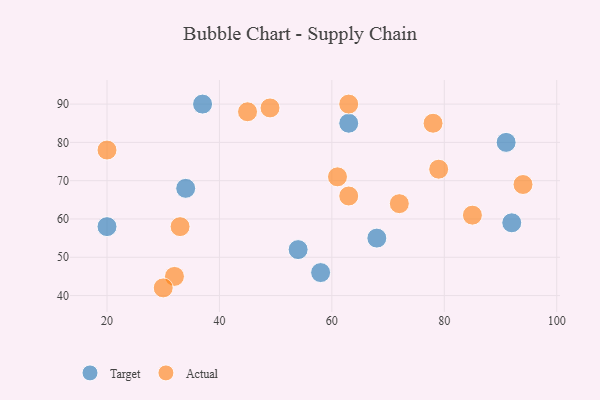
{"axis": {"x": "GDP", "y": "Life Expectancy"}, "legend": ["Actual", "Target"], "data": [{"x": "20", "y": 58, "type": "Target"}, {"x": "92", "y": 59, "type": "Target"}, {"x": "91", "y": 80, "type": "Target"}, {"x": "58", "y": 46, "type": "Target"}, {"x": "63", "y": 85, "type": "Target"}, {"x": "34", "y": 68, "type": "Target"}, {"x": "37", "y": 90, "type": "Target"}, {"x": "54", "y": 52, "type": "Target"}, {"x": "68", "y": 55, "type": "Target"}, {"x": "94", "y": 69, "type": "Actual"}, {"x": "61", "y": 71, "type": "Actual"}, {"x": "63", "y": 66, "type": "Actual"}, {"x": "49", "y": 89, "type": "Actual"}, {"x": "72", "y": 64, "type": "Actual"}, {"x": "45", "y": 88, "type": "Actual"}, {"x": "79", "y": 73, "type": "Actual"}, {"x": "32", "y": 45, "type": "Actual"}, {"x": "30", "y": 42, "type": "Actual"}, {"x": "33", "y": 58, "type": "Actual"}, {"x": "78", "y": 85, "type": "Actual"}, {"x": "63", "y": 90, "type": "Actual"}, {"x": "85", "y": 61, "type": "Actual"}, {"x": "20", "y": 78, "type": "Actual"}]}